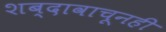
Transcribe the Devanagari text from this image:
शब्दावाचूनही